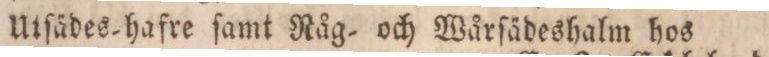
Utſädes=hafre ſamt Råg- och Wårſädeshalm hos